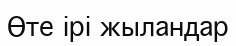
Өте ірі жыландар